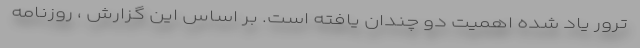
ترور یاد شده اهمیت دو چندان یافته است. بر اساس این گزارش ، روزنامه